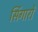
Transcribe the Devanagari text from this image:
सिंगारों